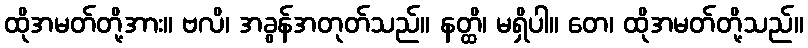
ထိုအမတ်တို့အား။ ဗလိ၊ အခွန်အတုတ်သည်။ နတ္ထိ၊ မရှိပါ။ တေ၊ ထိုအမတ်တို့သည်။